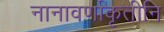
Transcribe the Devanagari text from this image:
नानावर्णाकृतीनि